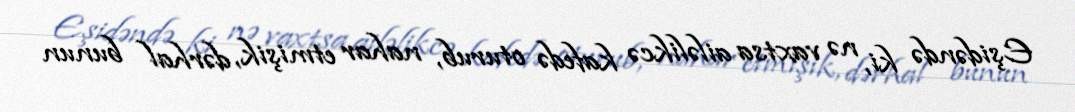
Eşidəndə ki, nə vaxtsa ailəlikcə kafedə oturub, nahar etmişik, dərhal bunun